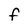
Character: F